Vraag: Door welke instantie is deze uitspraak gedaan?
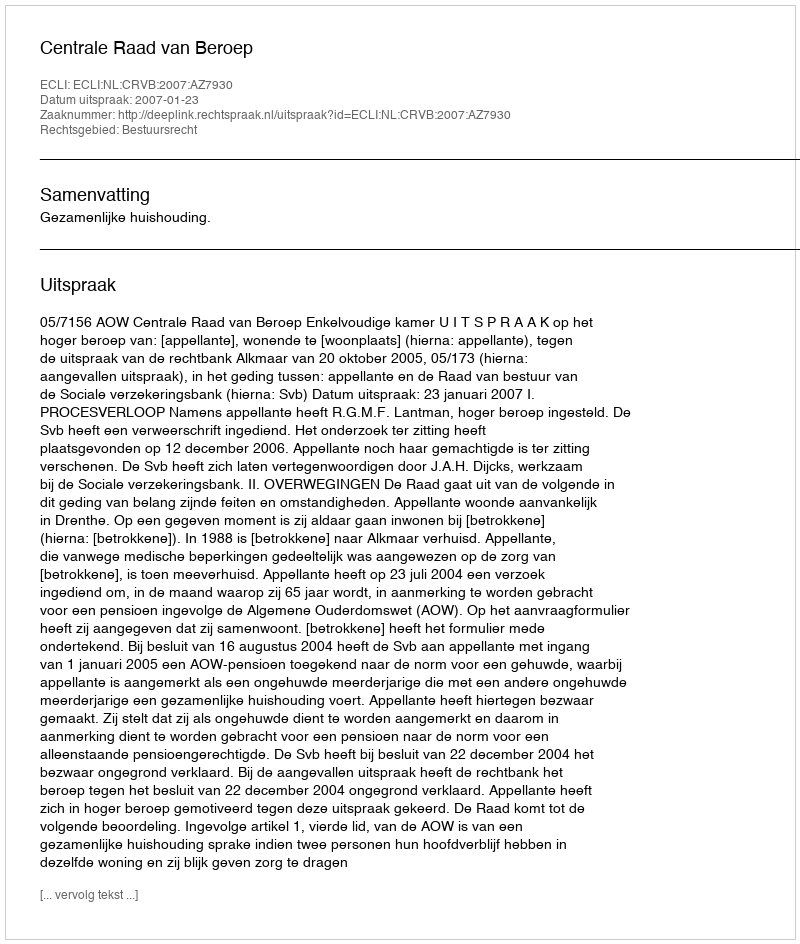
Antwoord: Centrale Raad van Beroep